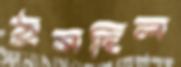
ঠুসছিল